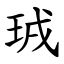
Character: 珬